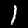
Label: 1